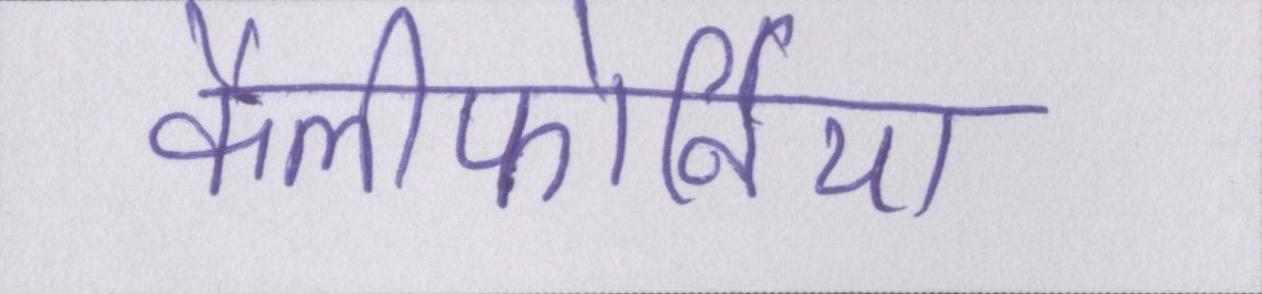
कैलीफोर्निया